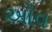
ઓવ